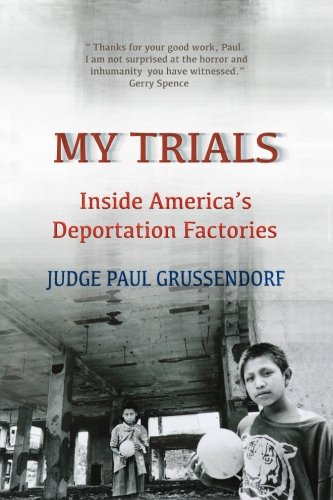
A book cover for My Trials: Inside America's Deportation Factories: Inside America's Deportation Factories; Judge Paul Grussendorf Esq; Law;